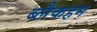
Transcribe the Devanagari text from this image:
ब्लैकहम